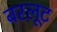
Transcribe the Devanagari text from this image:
बरलूट